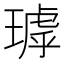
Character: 㻯